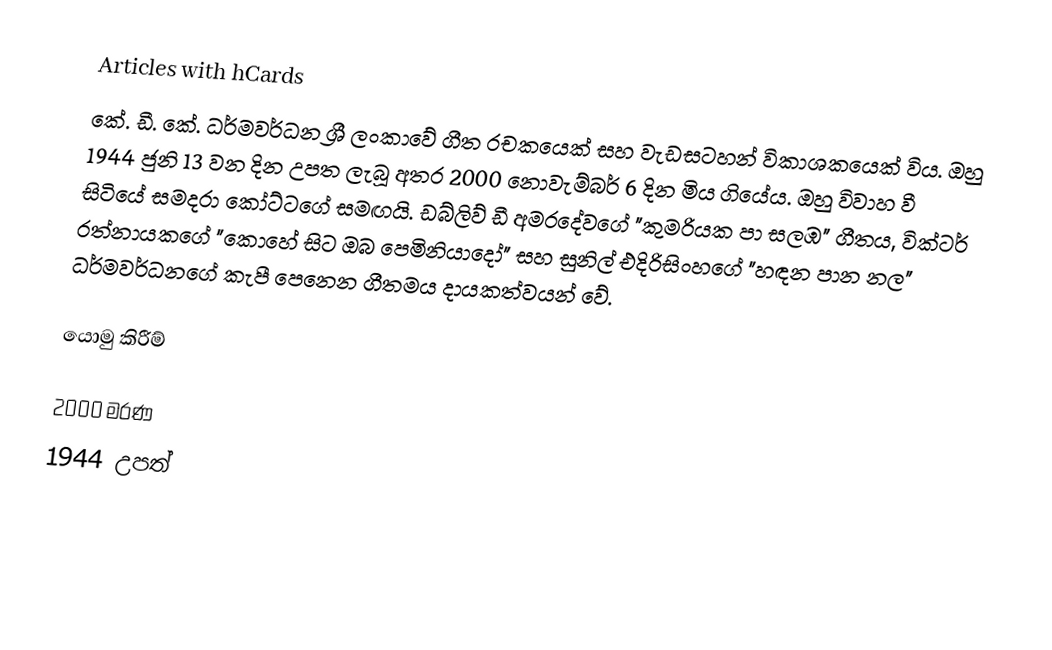
Articles with hCards
කේ. ඩී. කේ. ධර්මවර්ධන ශ්‍රී ලංකාවේ ගීත රචකයෙක් සහ වැඩසටහන් විකාශකයෙක් විය. ඔහු 1944 ජුනි 13 වන දින උපත ලැබූ අතර 2000 නොවැම්බර් 6 දින මිය ගියේය. ඔහු විවාහ වී සිටියේ සමදරා කෝට්ටගේ සමඟයි. ඩබ්ලිව් ඩී අමරදේවගේ "කුමරියක පා සලඹ" ගීතය, වික්ටර් රත්නායකගේ "කොහේ සිට ඔබ පෙමිනියාදෝ" සහ සුනිල් එදිරිසිංහගේ "හඳන පාන නල" ධර්මවර්ධනගේ කැපී පෙනෙන ගීතමය දායකත්වයන් වේ.

යොමු කිරීම්

2000 මරණ
1944 උපත්